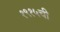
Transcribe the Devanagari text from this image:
१९१५ची